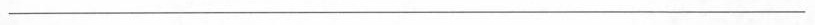
___